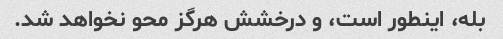
بله، اینطور است، و درخشش هرگز محو نخواهد شد.